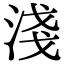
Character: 淺